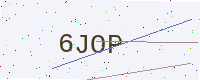
Text: 6JOP